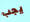
يجب